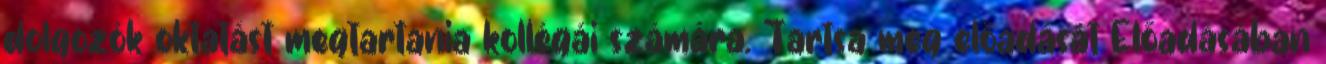
dolgozók oktatást megtartania kollégái számára. Tartsa meg előadását Előadásában